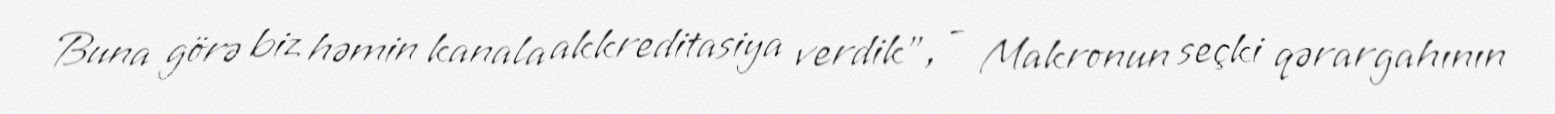
Buna görə biz həmin kanala akkreditasiya verdik”, - Makronun seçki qərargahının